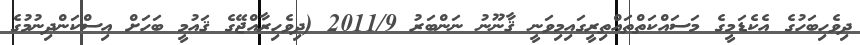
ދިވެހިބަހުގެ އެކެޑަމީގެ މަސައްކަތްތައްތިރީގައިމިވަނީ ޤާނޫނު ނަންބަރު 2011/9 (ދިވެހިރާއްޖޭގެ ޤައުމީ ބަހަށް އިސްކަންދިނުމުގެ